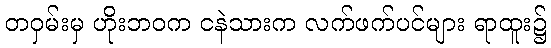
တဝှမ်းမှ ဟိုးဘဝက ငနဲသားက လက်ဖက်ပင်များ ရာထူး၌